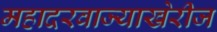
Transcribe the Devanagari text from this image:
महादरवाज्याखेरीज